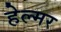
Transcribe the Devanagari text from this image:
हेल्मर